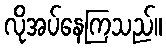
လိုအပ်နေကြသည်။